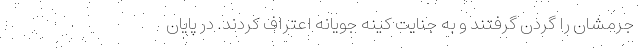
جرمشان را گردن گرفتند و به جنایت کینه جویانه اعتراف کردند. در پایان